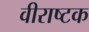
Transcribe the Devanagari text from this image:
वीराष्टक